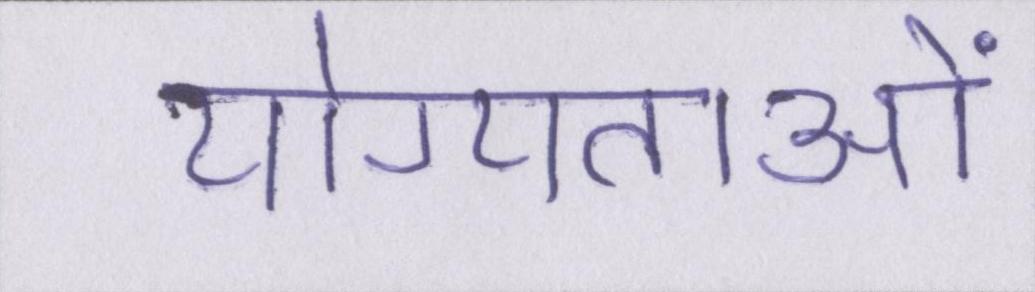
योग्यताओं